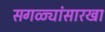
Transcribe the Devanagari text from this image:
सगळ्यांसारखा